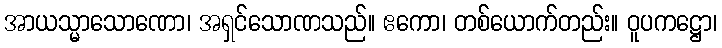
အာယသ္မာသောဏော၊ အရှင်သောဏသည်။ ဧကော၊ တစ်ယောက်တည်း။ ဝူပကဋ္ဌော၊